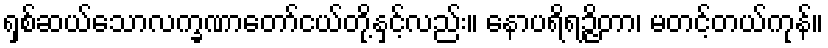
ရှစ်ဆယ်သောလက္ခဏာတော်ငယ်တို့နှင့်လည်း။ နောပရိရဉ္ဇိတာ၊ မတင့်တယ်ကုန်။